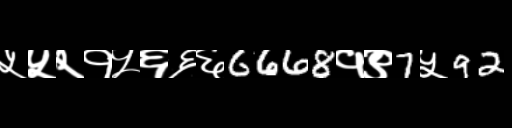
Text: ५५२१५६६६6668१९7५92